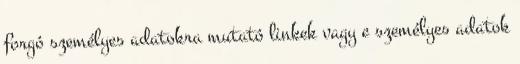
forgó személyes adatokra mutató linkek vagy e személyes adatok